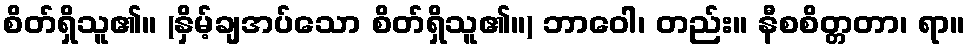
စိတ်ရှိသူ၏။ (နှိမ့်ချအပ်သော စိတ်ရှိသူ၏။) ဘာဝေါ၊ တည်း။ နီစစိတ္တတာ၊ ရာ။